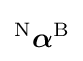
{}^{\mathrm {N} }{\boldsymbol {\alpha }}^{\mathrm {B} }